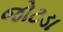
જોટડા